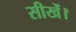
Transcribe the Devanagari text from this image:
सीखें।